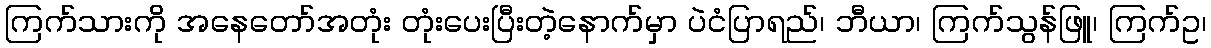
ကြက်သားကို အနေတော်အတုံး တုံးပေးပြီးတဲ့နောက်မှာ ပဲငံပြာရည်၊ ဘီယာ၊ ကြက်သွန်ဖြူ၊ ကြက်ဥ၊